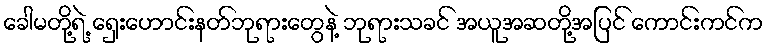
ခေါမတို့ရဲ့ ရှေးဟောင်းနတ်ဘုရားတွေနဲ့ ဘုရားသခင် အယူအဆတို့အပြင် ကောင်းကင်က